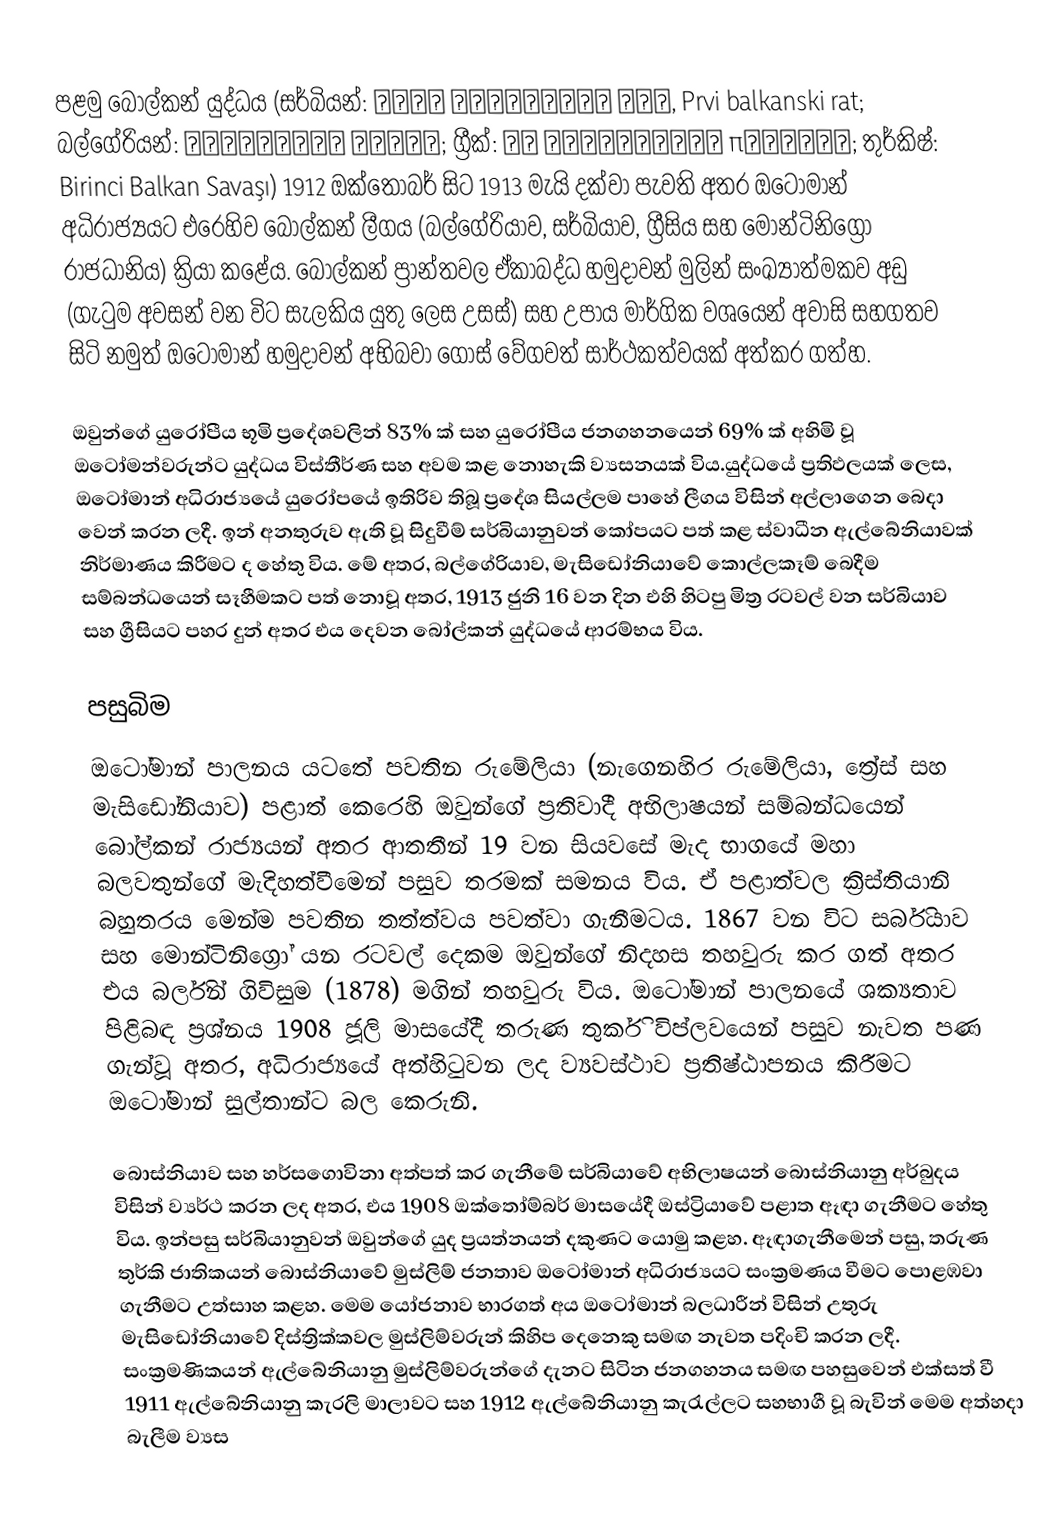
පළමු බෝල්කන් යුද්ධය (සර්බියන්: Први балкански рат, Prvi balkanski rat; බල්ගේරියන්: Балканска война; ග්‍රීක්: Αʹ Βαλκανικός πόλεμος; තුර්කිෂ්: Birinci Balkan Savaşı) 1912 ඔක්තෝබර් සිට 1913 මැයි දක්වා පැවති අතර ඔටෝමාන් අධිරාජ්‍යයට එරෙහිව බෝල්කන් ලීගය (බල්ගේරියාව, සර්බියාව, ග්‍රීසිය සහ මොන්ටිනිග්‍රෝ රාජධානිය) ක්‍රියා කළේය. බෝල්කන් ප්‍රාන්තවල ඒකාබද්ධ හමුදාවන් මුලින් සංඛ්‍යාත්මකව අඩු (ගැටුම අවසන් වන විට සැලකිය යුතු ලෙස උසස්) සහ උපාය මාර්ගික වශයෙන් අවාසි සහගතව සිටි නමුත් ඔටෝමාන් හමුදාවන් අභිබවා ගොස් වේගවත් සාර්ථකත්වයක් අත්කර ගත්හ.

ඔවුන්ගේ යුරෝපීය භූමි ප්‍රදේශවලින් 83% ක් සහ යුරෝපීය ජනගහනයෙන් 69% ක් අහිමි වූ ඔටෝමන්වරුන්ට යුද්ධය විස්තීර්ණ සහ අවම කළ නොහැකි ව්‍යසනයක් විය.යුද්ධයේ ප්‍රතිඵලයක් ලෙස, ඔටෝමාන් අධිරාජ්‍යයේ යුරෝපයේ ඉතිරිව තිබූ ප්‍රදේශ සියල්ලම පාහේ ලීගය විසින් අල්ලාගෙන බෙදා වෙන් කරන ලදී. ඉන් අනතුරුව ඇති වූ සිදුවීම් සර්බියානුවන් කෝපයට පත් කළ ස්වාධීන ඇල්බේනියාවක් නිර්මාණය කිරීමට ද හේතු විය. මේ අතර, බල්ගේරියාව, මැසිඩෝනියාවේ කොල්ලකෑම් බෙදීම සම්බන්ධයෙන් සෑහීමකට පත් නොවූ අතර, 1913 ජුනි 16 වන දින එහි හිටපු මිත්‍ර රටවල් වන සර්බියාව සහ ග්‍රීසියට පහර දුන් අතර එය දෙවන බෝල්කන් යුද්ධයේ ආරම්භය විය.

පසුබිම
ඔටෝමාන් පාලනය යටතේ පවතින රුමේලියා (නැගෙනහිර රුමේලියා, ත්‍රේස් සහ මැසිඩෝනියාව) පළාත් කෙරෙහි ඔවුන්ගේ ප්‍රතිවාදී අභිලාෂයන් සම්බන්ධයෙන් බෝල්කන් රාජ්‍යයන් අතර ආතතීන් 19 වන සියවසේ මැද භාගයේ මහා බලවතුන්ගේ මැදිහත්වීමෙන් පසුව තරමක් සමනය විය. ඒ පළාත්වල ක්‍රිස්තියානි බහුතරය මෙන්ම පවතින තත්ත්වය පවත්වා ගැනීමටය. 1867 වන විට සර්බියාව සහ මොන්ටිනිග්‍රෝ යන රටවල් දෙකම ඔවුන්ගේ නිදහස තහවුරු කර ගත් අතර එය බර්ලින් ගිවිසුම (1878) මගින් තහවුරු විය. ඔටෝමාන් පාලනයේ ශක්‍යතාව පිළිබඳ ප්‍රශ්නය 1908 ජූලි මාසයේදී තරුණ තුර්කි විප්ලවයෙන් පසුව නැවත පණ ගැන්වූ අතර, අධිරාජ්‍යයේ අත්හිටුවන ලද ව්‍යවස්ථාව ප්‍රතිෂ්ඨාපනය කිරීමට ඔටෝමාන් සුල්තාන්ට බල කෙරුනි.

බොස්නියාව සහ හර්සගොවිනා අත්පත් කර ගැනීමේ සර්බියාවේ අභිලාෂයන් බොස්නියානු අර්බුදය විසින් ව්‍යර්ථ කරන ලද අතර, එය 1908 ඔක්තෝම්බර් මාසයේදී ඔස්ට්‍රියාවේ පළාත ඈඳා ගැනීමට හේතු විය. ඉන්පසු සර්බියානුවන් ඔවුන්ගේ යුද ප්‍රයත්නයන් දකුණට යොමු කළහ. ඈඳාගැනීමෙන් පසු, තරුණ තුර්කි ජාතිකයන් බොස්නියාවේ මුස්ලිම් ජනතාව ඔටෝමාන් අධිරාජ්‍යයට සංක්‍රමණය වීමට පොළඹවා ගැනීමට උත්සාහ කළහ. මෙම යෝජනාව භාරගත් අය ඔටෝමාන් බලධාරීන් විසින් උතුරු මැසිඩෝනියාවේ දිස්ත්‍රික්කවල මුස්ලිම්වරුන් කිහිප දෙනෙකු සමඟ නැවත පදිංචි කරන ලදී. සංක්‍රමණිකයන් ඇල්බේනියානු මුස්ලිම්වරුන්ගේ දැනට සිටින ජනගහනය සමඟ පහසුවෙන් එක්සත් වී 1911 ඇල්බේනියානු කැරලි මාලාවට සහ 1912 ඇල්බේනියානු කැරැල්ලට සහභාගී වූ බැවින් මෙම අත්හදා බැලීම ව්‍යස